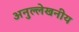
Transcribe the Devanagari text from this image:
अनुल्लेखनीय